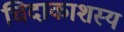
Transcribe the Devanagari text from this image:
चिदाकाशस्य